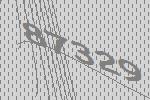
87329